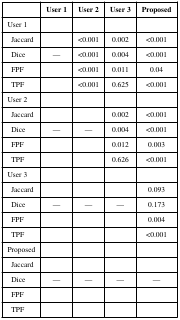
<table><thead><tr><td></td><td><b>User 1</b></td><td><b>User 2</b></td><td><b>User 3</b></td><td><b>Proposed</b></td></tr></thead><tbody><tr><td>User 1</td><td></td><td></td><td></td><td></td></tr><tr><td>Jaccard</td><td></td><td>&lt;0.001</td><td>0.002</td><td>&lt;0.001</td></tr><tr><td>Dice</td><td>—</td><td>&lt;0.001</td><td>0.004</td><td>&lt;0.001</td></tr><tr><td>FPF</td><td></td><td>&lt;0.001</td><td>0.011</td><td>0.04</td></tr><tr><td>TPF</td><td></td><td>&lt;0.001</td><td>0.625</td><td>&lt;0.001</td></tr><tr><td>User 2</td><td></td><td></td><td></td><td></td></tr><tr><td>Jaccard</td><td></td><td></td><td>0.002</td><td>&lt;0.001</td></tr><tr><td>Dice</td><td>—</td><td>—</td><td>0.004</td><td>&lt;0.001</td></tr><tr><td>FPF</td><td></td><td></td><td>0.012</td><td>0.003</td></tr><tr><td>TPF</td><td></td><td></td><td>0.626</td><td>&lt;0.001</td></tr><tr><td>User 3</td><td></td><td></td><td></td><td></td></tr><tr><td>Jaccard</td><td></td><td></td><td></td><td>0.093</td></tr><tr><td>Dice</td><td>—</td><td>—</td><td>—</td><td>0.173</td></tr><tr><td>FPF</td><td></td><td></td><td></td><td>0.004</td></tr><tr><td>TPF</td><td></td><td></td><td></td><td>&lt;0.001</td></tr><tr><td>Proposed</td><td></td><td></td><td></td><td></td></tr><tr><td>Jaccard</td><td></td><td></td><td></td><td></td></tr><tr><td>Dice</td><td>—</td><td>—</td><td>—</td><td>—</td></tr><tr><td>FPF</td><td></td><td></td><td></td><td></td></tr><tr><td>TPF</td><td></td><td></td><td></td><td></td></tr></tbody></table>